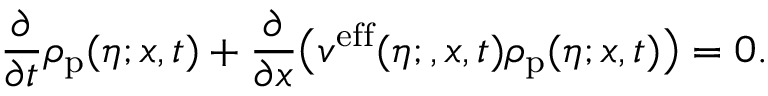
\frac { \partial } { \partial t } \rho _ { \mathrm { p } } ( \eta ; x , t ) + \frac { \partial } { \partial x } \big ( v ^ { \mathrm { e f f } } ( \eta ; , x , t ) \rho _ { \mathrm { p } } ( \eta ; x , t ) \big ) = 0 .